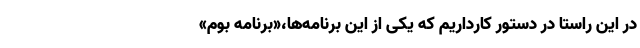
در این راستا در دستور کارداریم که یکی از این برنامه‌ها،«برنامه بوم»